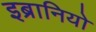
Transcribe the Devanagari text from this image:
इब्रानियो